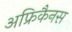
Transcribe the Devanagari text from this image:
अफ्रिकैनस